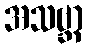
အသဗ္ဘာ